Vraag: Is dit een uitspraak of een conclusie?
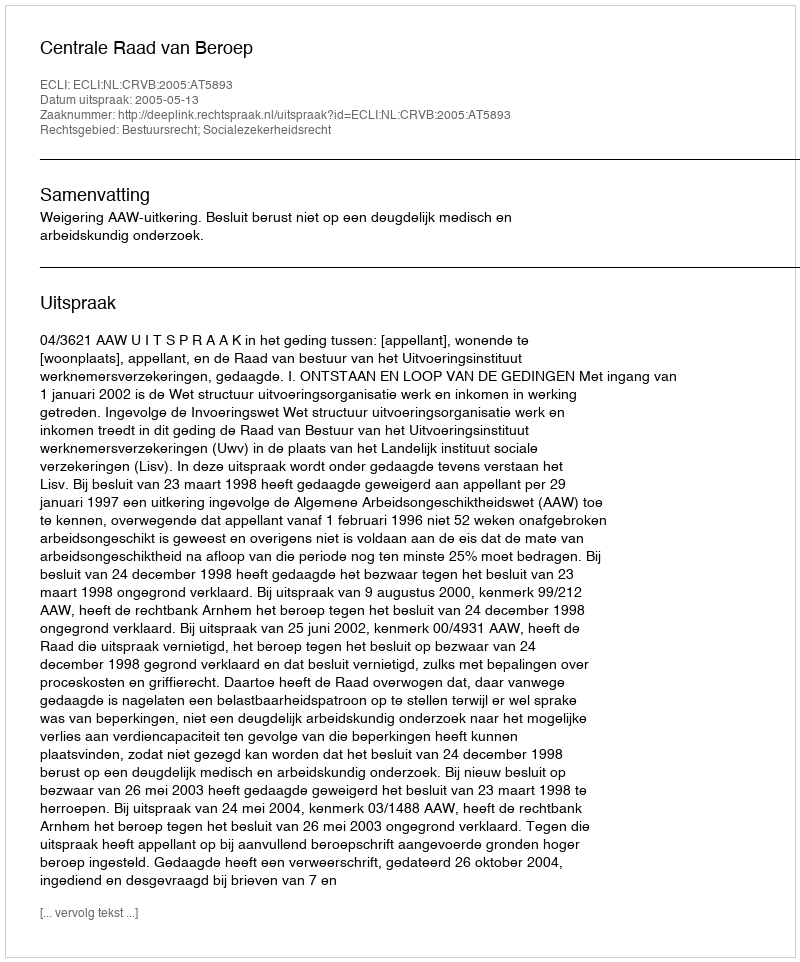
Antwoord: Uitspraak